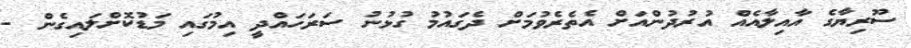
ސޫރިޔާގެ އާއިލާއެއް އުރުދުންއަށް އެތެރެވުމަށް ދެގައުމު ގުޅުނު ސަރަހައްދީ އިމުގައި މަޑުކޮށްލައިގެން -